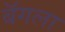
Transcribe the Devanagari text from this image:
बॅगला